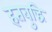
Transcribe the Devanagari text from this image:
हतबुद्धि